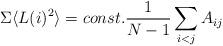
LaTeX: \begin{align*}\Sigma \langle L(i)^2 \rangle = const.\frac{1}{N-1}\sum_{i<j} A_{ij}\end{align*}